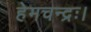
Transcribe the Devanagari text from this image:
हेमचन्द्रः।